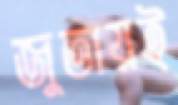
জুতায়ই